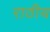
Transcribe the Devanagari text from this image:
राठीय